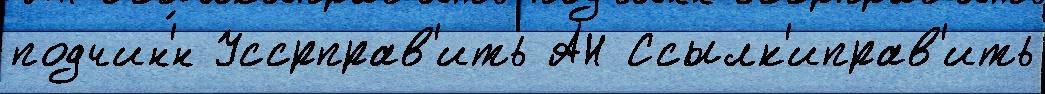
подчин'́н Уссрправ'ить АН Ссылк'иправ'ить